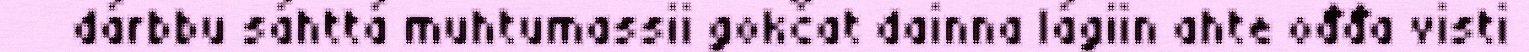
dárbbu sáhttá muhtumassii gokčat dainna lágiin ahte ođđa visti